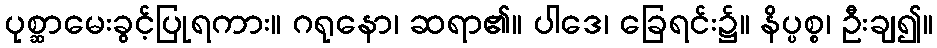
ပုစ္ဆာမေးခွင့်ပြုရကား။ ဂရုနော၊ ဆရာ၏။ ပါဒေ၊ ခြေရင်း၌။ နိပ္ပစ္စ၊ ဦးချ၍။